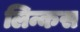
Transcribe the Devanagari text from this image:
लिन्कस